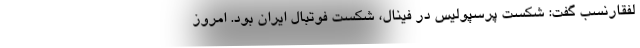
لفقارنسب گفت: شکست پرسپولیس در فینال، شکست فوتبال ایران بود. امروز